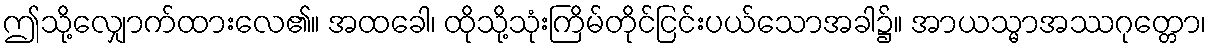
ဤသို့လျှောက်ထားလေ၏။ အထခေါ၊ ထိုသို့သုံးကြိမ်တိုင်ငြင်းပယ်သောအခါ၌။ အာယသ္မာအဿဂုတ္တော၊